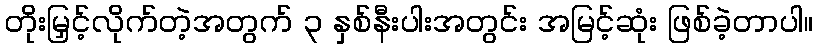
တိုးမြှင့်လိုက်တဲ့အတွက် ၃ နှစ်နီးပါးအတွင်း အမြင့်ဆုံး ဖြစ်ခဲ့တာပါ။